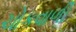
ચોકવાળી